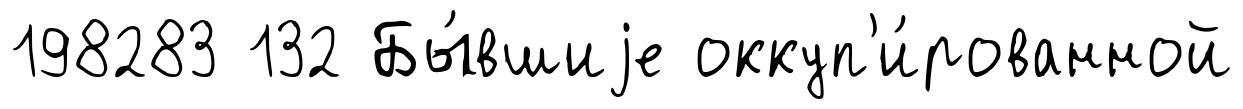
198283 132 Бы́вшиjе оккуп'и́рованной